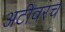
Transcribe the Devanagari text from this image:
अटीवरच